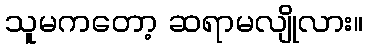
သူမကတော့ ဆရာမလျိုလား။